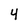
Character: 4